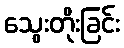
သွေးတိုးခြင်း